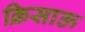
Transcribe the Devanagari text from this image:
क्रिसाऊ